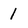
Character: 1